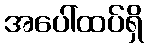
အပေါ်ထပ်ရှိ